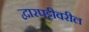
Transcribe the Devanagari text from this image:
द्वारपट्टीवरील